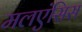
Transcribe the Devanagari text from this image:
मलएंसिस